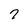
Character: 7